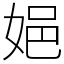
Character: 㛕